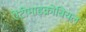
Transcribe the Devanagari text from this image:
ऐंटीमाइक्रोबियल